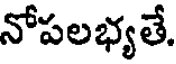
నోపలభ్యతే.